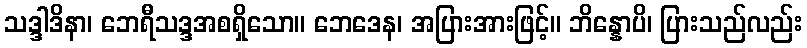
သဒ္ဒါဒိနာ၊ ဘေရီသဒ္ဒအစရှိသော။ ဘေဒေန၊ အပြားအားဖြင့်။ ဘိန္နောပိ၊ ပြားသည်လည်း